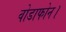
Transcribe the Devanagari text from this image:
वोडाफोन।